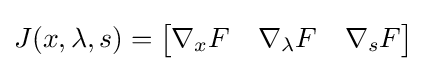
J(x,\lambda ,s)={\begin{bmatrix}\nabla _{x}F&\nabla _{\lambda }F&\nabla _{s}F\end{bmatrix}}